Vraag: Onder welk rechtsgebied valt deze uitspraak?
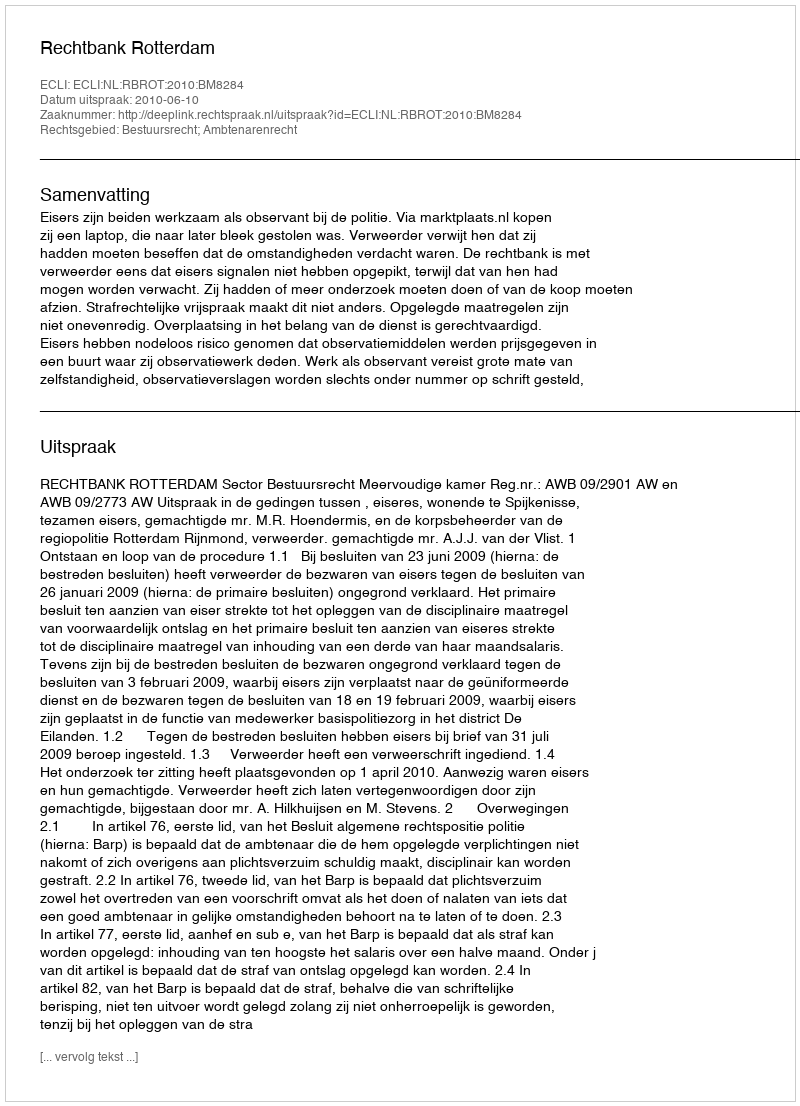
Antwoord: Bestuursrecht; Ambtenarenrecht